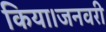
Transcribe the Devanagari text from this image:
किया।जनवरी